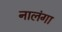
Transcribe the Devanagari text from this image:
नालंगा